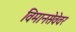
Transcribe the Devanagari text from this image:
विमानसेवेवर